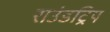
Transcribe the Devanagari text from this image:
राउंडट्रिप